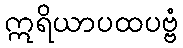
ဣရိယာပထပဗ္ဗံ